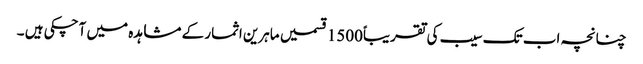
چنانچہ اب تک سیب کی تقریباً1500قسمیں ماہرین اثمار کے مشاہدہ میں آچکی ہیں ۔